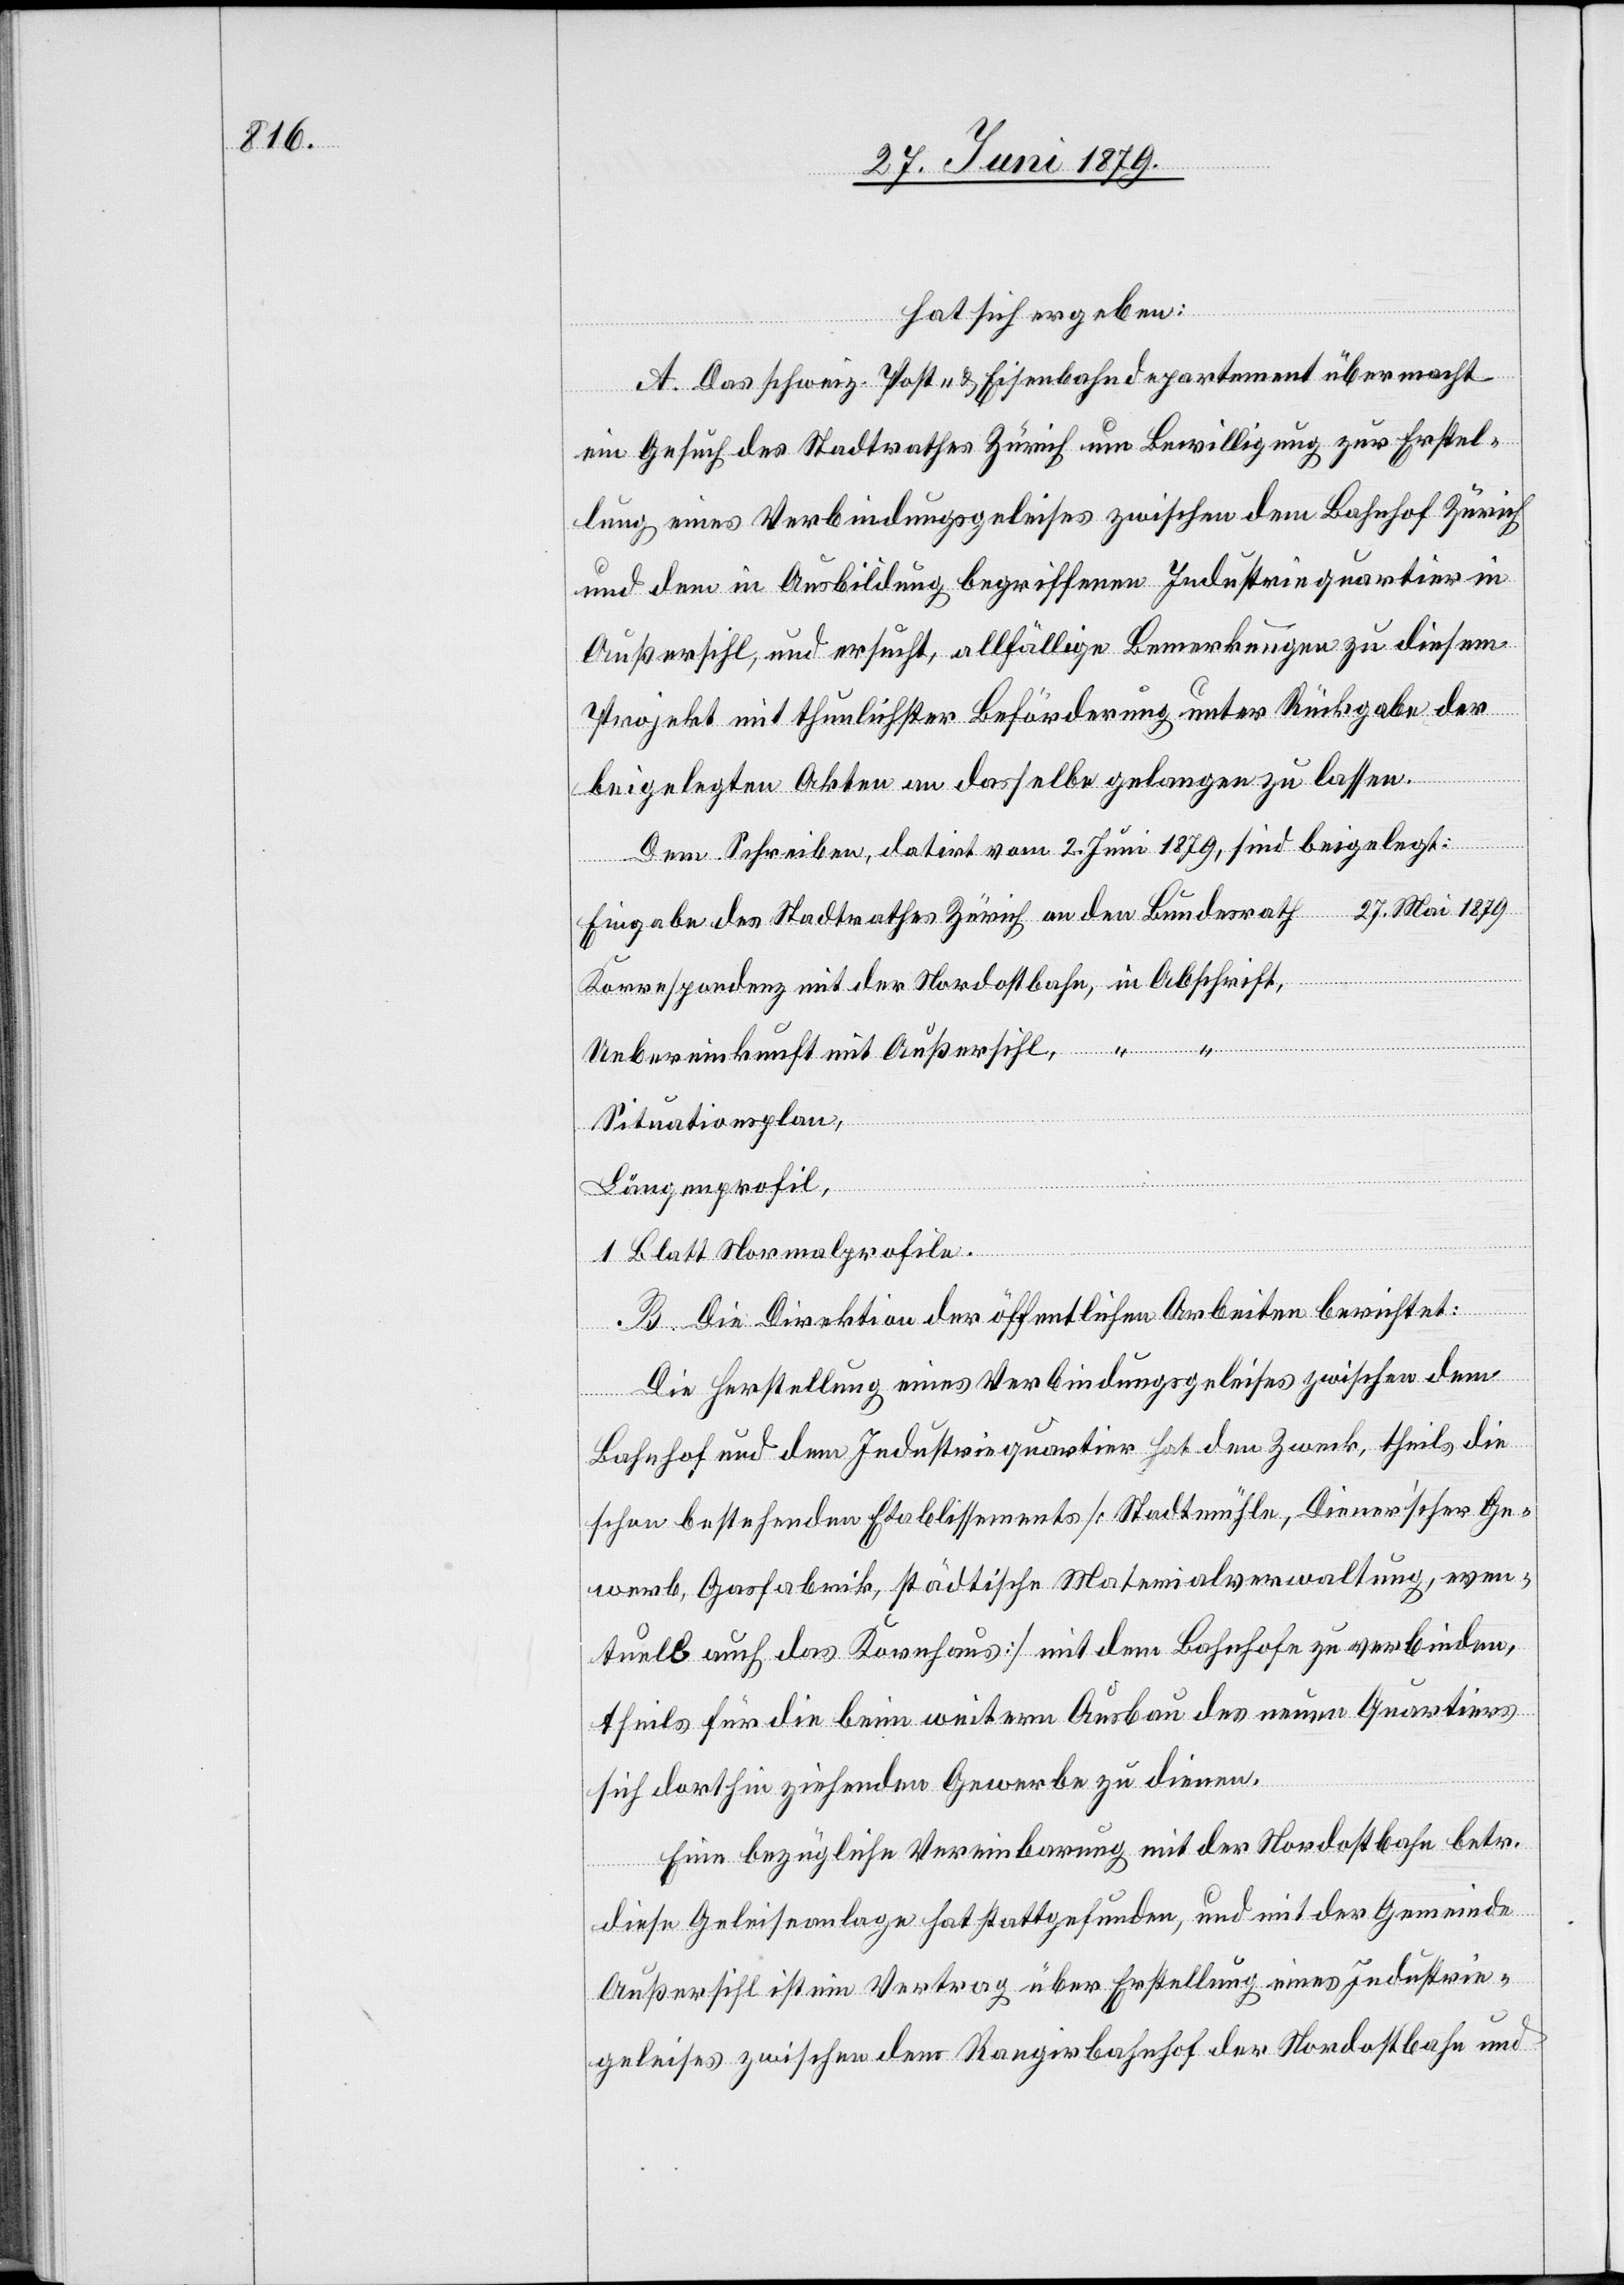
hat sich ergeben:
A. Das schweiz. Post- & Eisenbahndepartement übermacht
ein Gesuch des Stadtrathes Zürich um Bewilligung zur Erstel¬
lung eines Verbindungsgeleises zwischen dem Bahnhof Zürich
und dem in Ausbildung begriffenen Industriequartier in
Außersihl, und ersucht, allfällige Bemerkungen zu diesem
Projekt mit thunlichster Beförderung unter Rückgabe der
beigelegten Akten an dasselbe gelangen zu lassen.
Dem Schreiben, datirt vom 2. Juni 1879, sind beigelegt:
Eingabe des Stadtrathes Zürich an den Bundesrath 27. Mai 1879
Korrespondenz mit der Nordostbahn, in Abschrift,
Uebereinkunft mit Außersihl, “ “
Situationsplan,
Längenprofil,
1 Blatt Normalprofile.
B. Die Direktion der öffentlichen Arbeiten berichtet:
Die Herstellung eines Verbindungsgeleises zwischen dem
Bahnhof und dem Industriequartier hat den Zweck, theils die
schon bestehenden Etablissements [Stadtmühle, Diener’scher Ge¬
werb, Gasfabrik, städtische Materialverwaltung, even¬
tuell auch das Kornhaus] mit dem Bahnhofe zu verbinden,
theils für die beim weitern Ausbau des neuen Quartiers
sich dorthin ziehenden Gewerbe zu dienen.
Eine bezügliche Vereinbarung mit der Nordostbahn betr.
diese Geleiseanlage hat stattgefunden, und mit der Gemeinde
Außersihl ist ein Vertrag über Erstellung eines Industrie¬
geleises zwischen dem Rangierbahnhof der Nordostbahn und